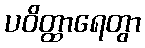
ပဝိတ္ထာရေတွာ